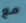
مع